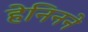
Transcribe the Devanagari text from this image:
हेनिनने